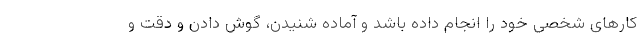
کارهای شخصی خود را انجام داده باشد و آماده شنیدن، گوش دادن و دقت و